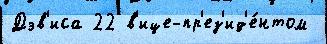
Дэв'иса 22 в'ице-пр'ез'ид'е́нтом